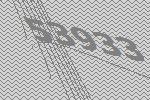
53933